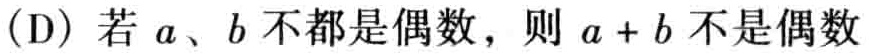
(D) 若 \(a\)、\(b\) 不都是偶数，则 \(a + b\) 不是偶数